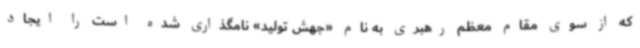
که از سوی مقام معظم رهبری به نام «جهش تولید» نامگذاری شده است را ایجاد